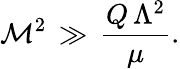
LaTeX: \mathcal{M}^{2}\, \gg\, \frac{{Q\, \Lambda^{2}}}{{\mu}}.